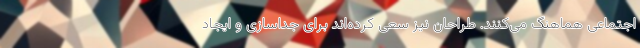
اجتماعی هماهنگ می‌کنند. طراحان نیز سعی کرده‌اند برای جداسازی و ایجاد